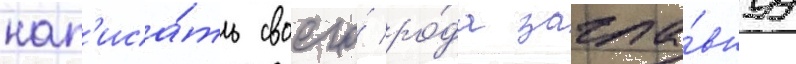
нап'иса́ть своего́ ро́да загла́внуу